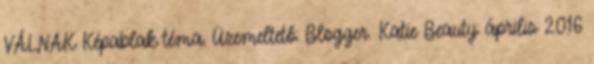
VÁLNAK Képablak téma. Üzemeltető: Blogger. Katie Beauty: április 2016